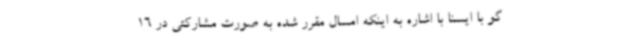
گو با ایسنا با اشاره به اینکه امسال مقرر شده به صورت مشارکتی در 16